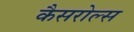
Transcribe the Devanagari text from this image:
कैसरोल्स